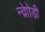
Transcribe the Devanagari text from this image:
न्व्रेाोड़ी